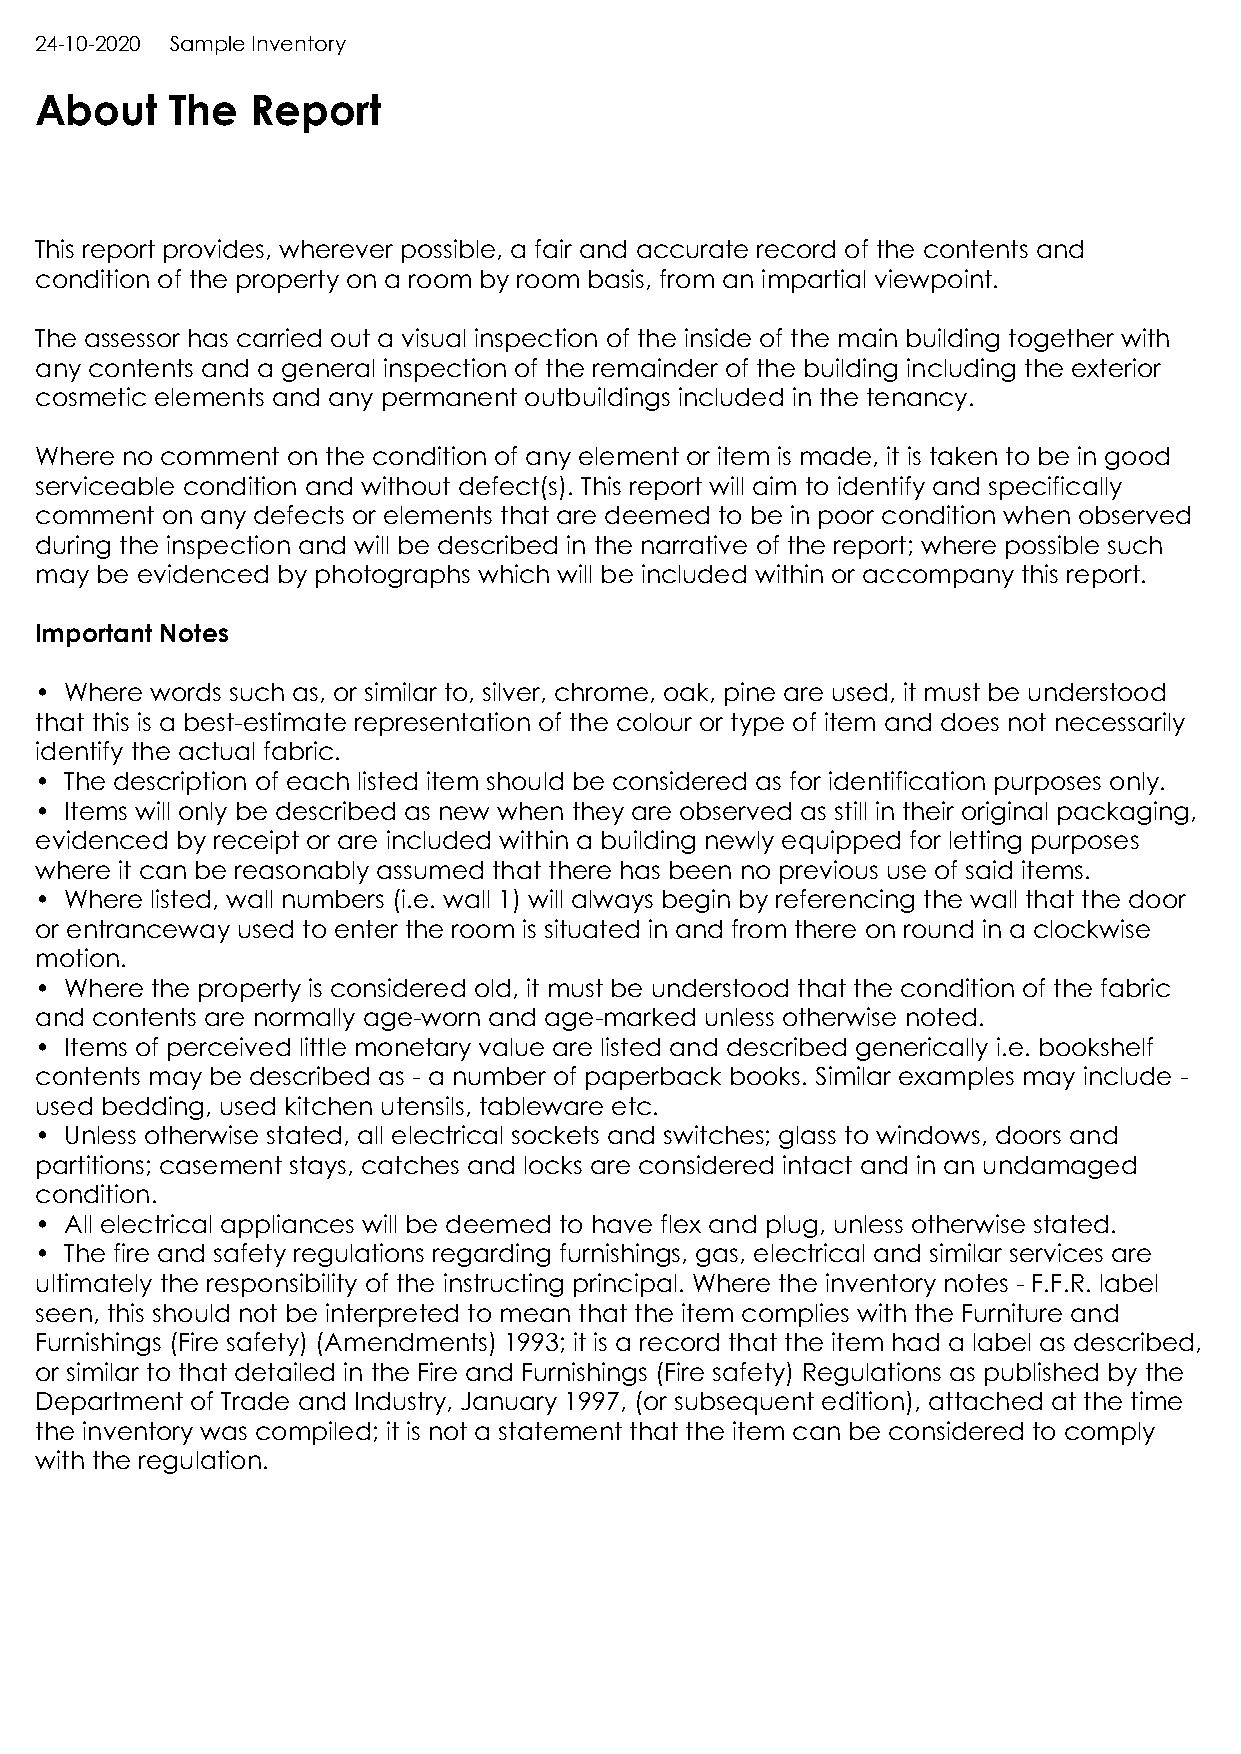
24-10-2020 Sample Inventory
 About    The   Report
 This report provides, wherever possible, a fair and accurate record of the contents and
 condition of the property on a room by room basis, from an impartial viewpoint.
 The assessor has carried out a visual inspection of the inside of the main building together with
 any contents and a general inspection of the remainder of the building including the exterior
 cosmetic elements and any permanent outbuildings included in the tenancy.
 Where no comment on the condition of any element or item is made, it is taken to be in good
 serviceable condition and without defect(s). This report will aim to identify and specifically
 comment  on any defects or elements that are deemed to be in poor condition when observed
 during the inspection and will be described in the narrative of the report; where possible such
 may be evidenced by photographs which will be included within or accompany this report.
 Important Notes
 • Where words such as, or similar to, silver, chrome, oak, pine are used, it must be understood
 that this is a best-estimate representation of the colour or type of item and does not necessarily
 identify the actual fabric.
 • The description of each listed item should be considered as for identification purposes only.
 • Items will only be described as new when they are observed as still in their original packaging,
 evidenced by receipt or are included within a building newly equipped for letting purposes
 where it can be reasonably assumed that there has been no previous use of said items.
 • Where listed, wall numbers (i.e. wall 1) will always begin by referencing the wall that the door
 or entranceway used to enter the room is situated in and from there on round in a clockwise
 motion.
 • Where the property is considered old, it must be understood that the condition of the fabric
 and contents are normally age-worn and age-marked unless otherwise noted.
 • Items of perceived little monetary value are listed and described generically i.e. bookshelf
 contents may be described as - a number of paperback books. Similar examples may include -
 used bedding, used kitchen utensils, tableware etc.
 • Unless otherwise stated, all electrical sockets and switches; glass to windows, doors and
 partitions; casement stays, catches and locks are considered intact and in an undamaged
 condition.
 • All electrical appliances will be deemed to have flex and plug, unless otherwise stated.
 • The fire and safety regulations regarding furnishings, gas, electrical and similar services are
 ultimately the responsibility of the instructing principal. Where the inventory notes - F.F.R. label
 seen, this should not be interpreted to mean that the item complies with the Furniture and
 Furnishings (Fire safety) (Amendments) 1993; it is a record that the item had a label as described,
 or similar to that detailed in the Fire and Furnishings (Fire safety) Regulations as published by the
 Department of Trade and Industry, January 1997, (or subsequent edition), attached at the time
 the inventory was compiled; it is not a statement that the item can be considered to comply
 with the regulation.